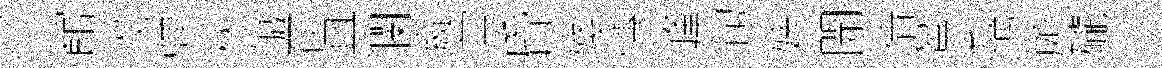
館澇弹秋鍼研具瀾緹賞昏殘慱峰旬婢開倩鸑賓憑頗礲